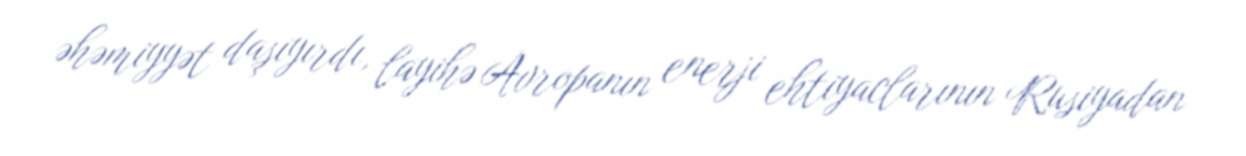
əhəmiyyət daşıyırdı, layihə Avropanın enerji ehtiyaclarının Rusiyadan